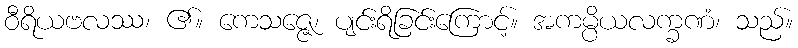
ဝီရိယဗလဿ၊ ၏။ ကေသဇ္ဇေ၊ ပျင်းရိခြင်းကြောင့်။ အကမ္ပိယလက္ခဏံ၊ သည်။